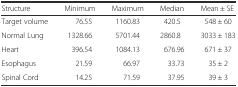
<table><thead><tr><td><b>Structure</b></td><td><b>Minimum</b></td><td><b>Maximum</b></td><td><b>Median</b></td><td><b>Mean ± SE</b></td></tr></thead><tbody><tr><td>Target volume</td><td>76.55</td><td>1160.83</td><td>420.5</td><td>548 ± 60</td></tr><tr><td>Normal Lung</td><td>1328.66</td><td>5701.44</td><td>2860.8</td><td>3033 ± 183</td></tr><tr><td>Heart</td><td>396.54</td><td>1084.13</td><td>676.96</td><td>671 ± 37</td></tr><tr><td>Esophagus</td><td>21.59</td><td>66.97</td><td>33.73</td><td>35 ± 2</td></tr><tr><td>Spinal Cord</td><td>14.25</td><td>71.59</td><td>37.95</td><td>39 ± 3</td></tr></tbody></table>